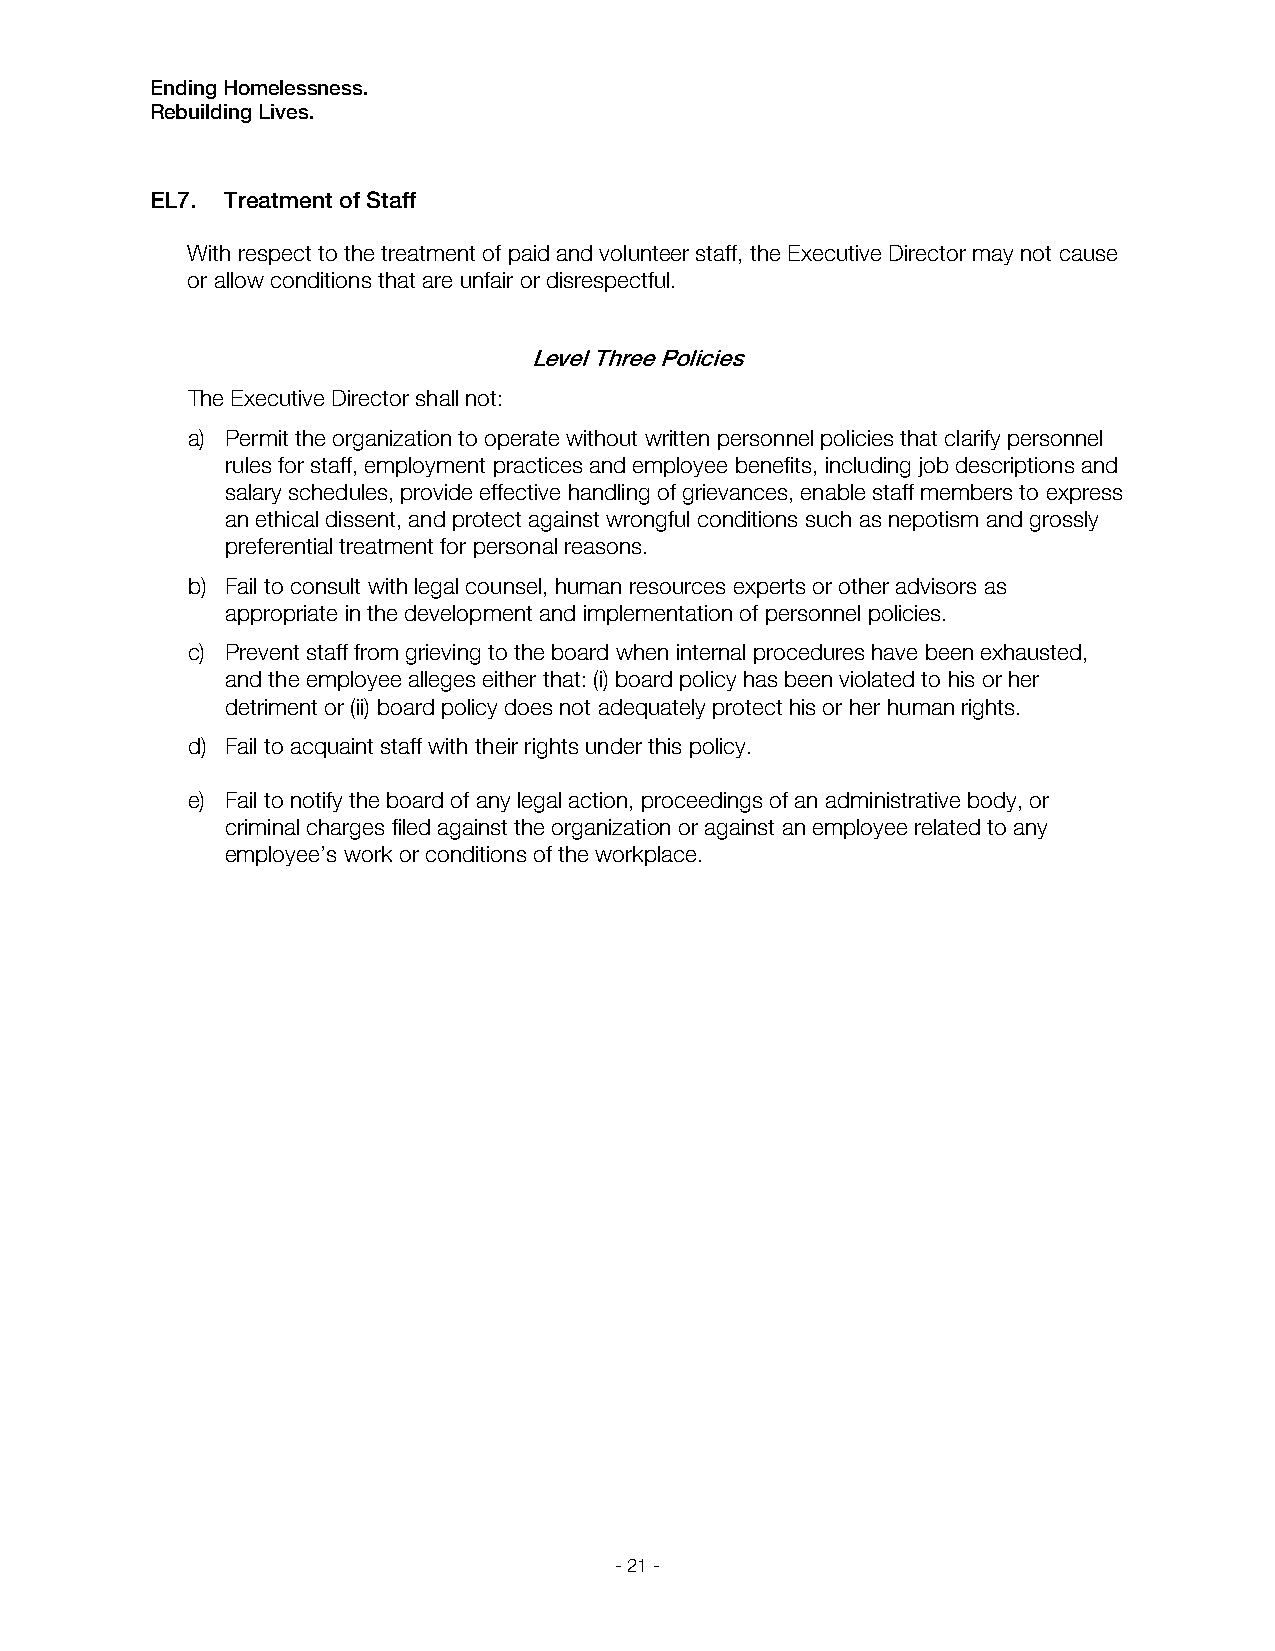
Ending Homelessness.
 Rebuilding Lives.
 EL7. Treatment of Staff
 With respect to the treatment of paid and volunteer staff, the Executive Director may not cause
 or allow conditions that are unfair or disrespectful.
 Level Three Policies
 The Executive Director shall not:
 a) Permit the organization to operate without written personnel policies that clarify personnel
 rules for staff, employment practices and employee benefits, including job descriptions and
 salary schedules, provide effective handling of grievances, enable staff members to express
 an ethical dissent, and protect against wrongful conditions such as nepotism and grossly
 preferential treatment for personal reasons.
 b) Fail to consult with legal counsel, human resources experts or other advisors as
 appropriate in the development and implementation of personnel policies.
 c) Prevent staff from grieving to the board when internal procedures have been exhausted,
 and the employee alleges either that: (i) board policy has been violated to his or her
 detriment or (ii) board policy does not adequately protect his or her human rights.
 d) Fail to acquaint staff with their rights under this policy.
 e) Fail to notify the board of any legal action, proceedings of an administrative body, or
 criminal charges filed against the organization or against an employee related to any
 employee’s work or conditions of the workplace.
 - 21 -